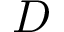
D